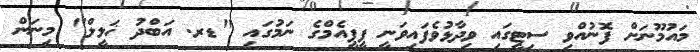
މައުމޫނަށް ފޮނުއްވި ސިޓީގައި ވިދާޅުވެފައިިވަނީ ޕީޕީއެމްގެ ނަމުގައި "ޑރ. އަބްދު ޚަލީލް" މިނަން